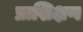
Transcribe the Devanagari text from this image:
प्राशिक्षण